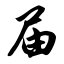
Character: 届